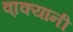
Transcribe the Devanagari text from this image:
वा्क्यांनी